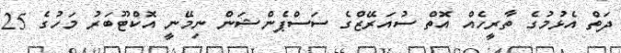
ދަތް އެޅުމުގެ ތާރީހެއް އޮތް ސުއަރޭޒްގެ ސަސްޕެންޝަން ނިމޭނީ އޮކްޓޫބަރު މަހުގެ 25